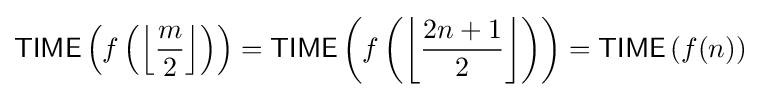
{\mathsf {TIME}}\left(f\left(\left\lfloor {\frac {m}{2}}\right\rfloor \right)\right)={\mathsf {TIME}}\left(f\left(\left\lfloor {\frac {2n+1}{2}}\right\rfloor \right)\right)={\mathsf {TIME}}\left(f(n)\right)